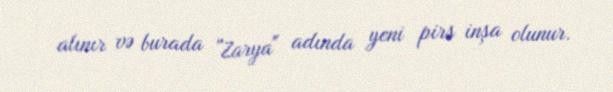
alınır və burada "Zarya" adında yeni pirs inşa olunur.